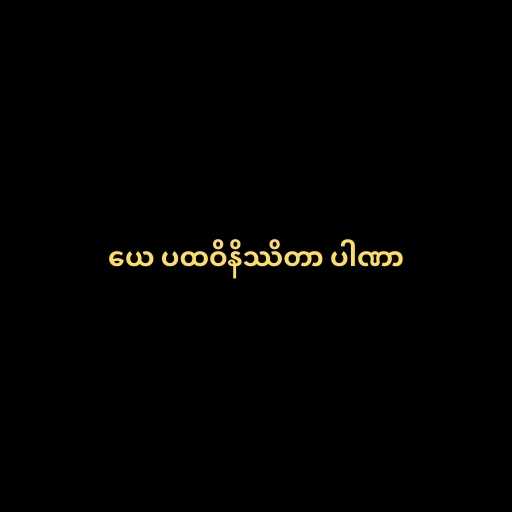
ယေ ပထဝိနိဿိတာ ပါဏာ